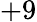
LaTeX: +9